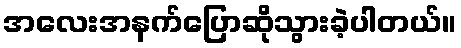
အလေးအနက်ပြောဆိုသွားခဲ့ပါတယ်။